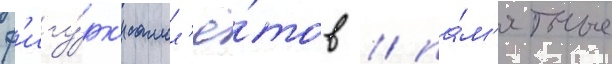
ф'игу́рк'и самол'ё́тов / па́м'ятные